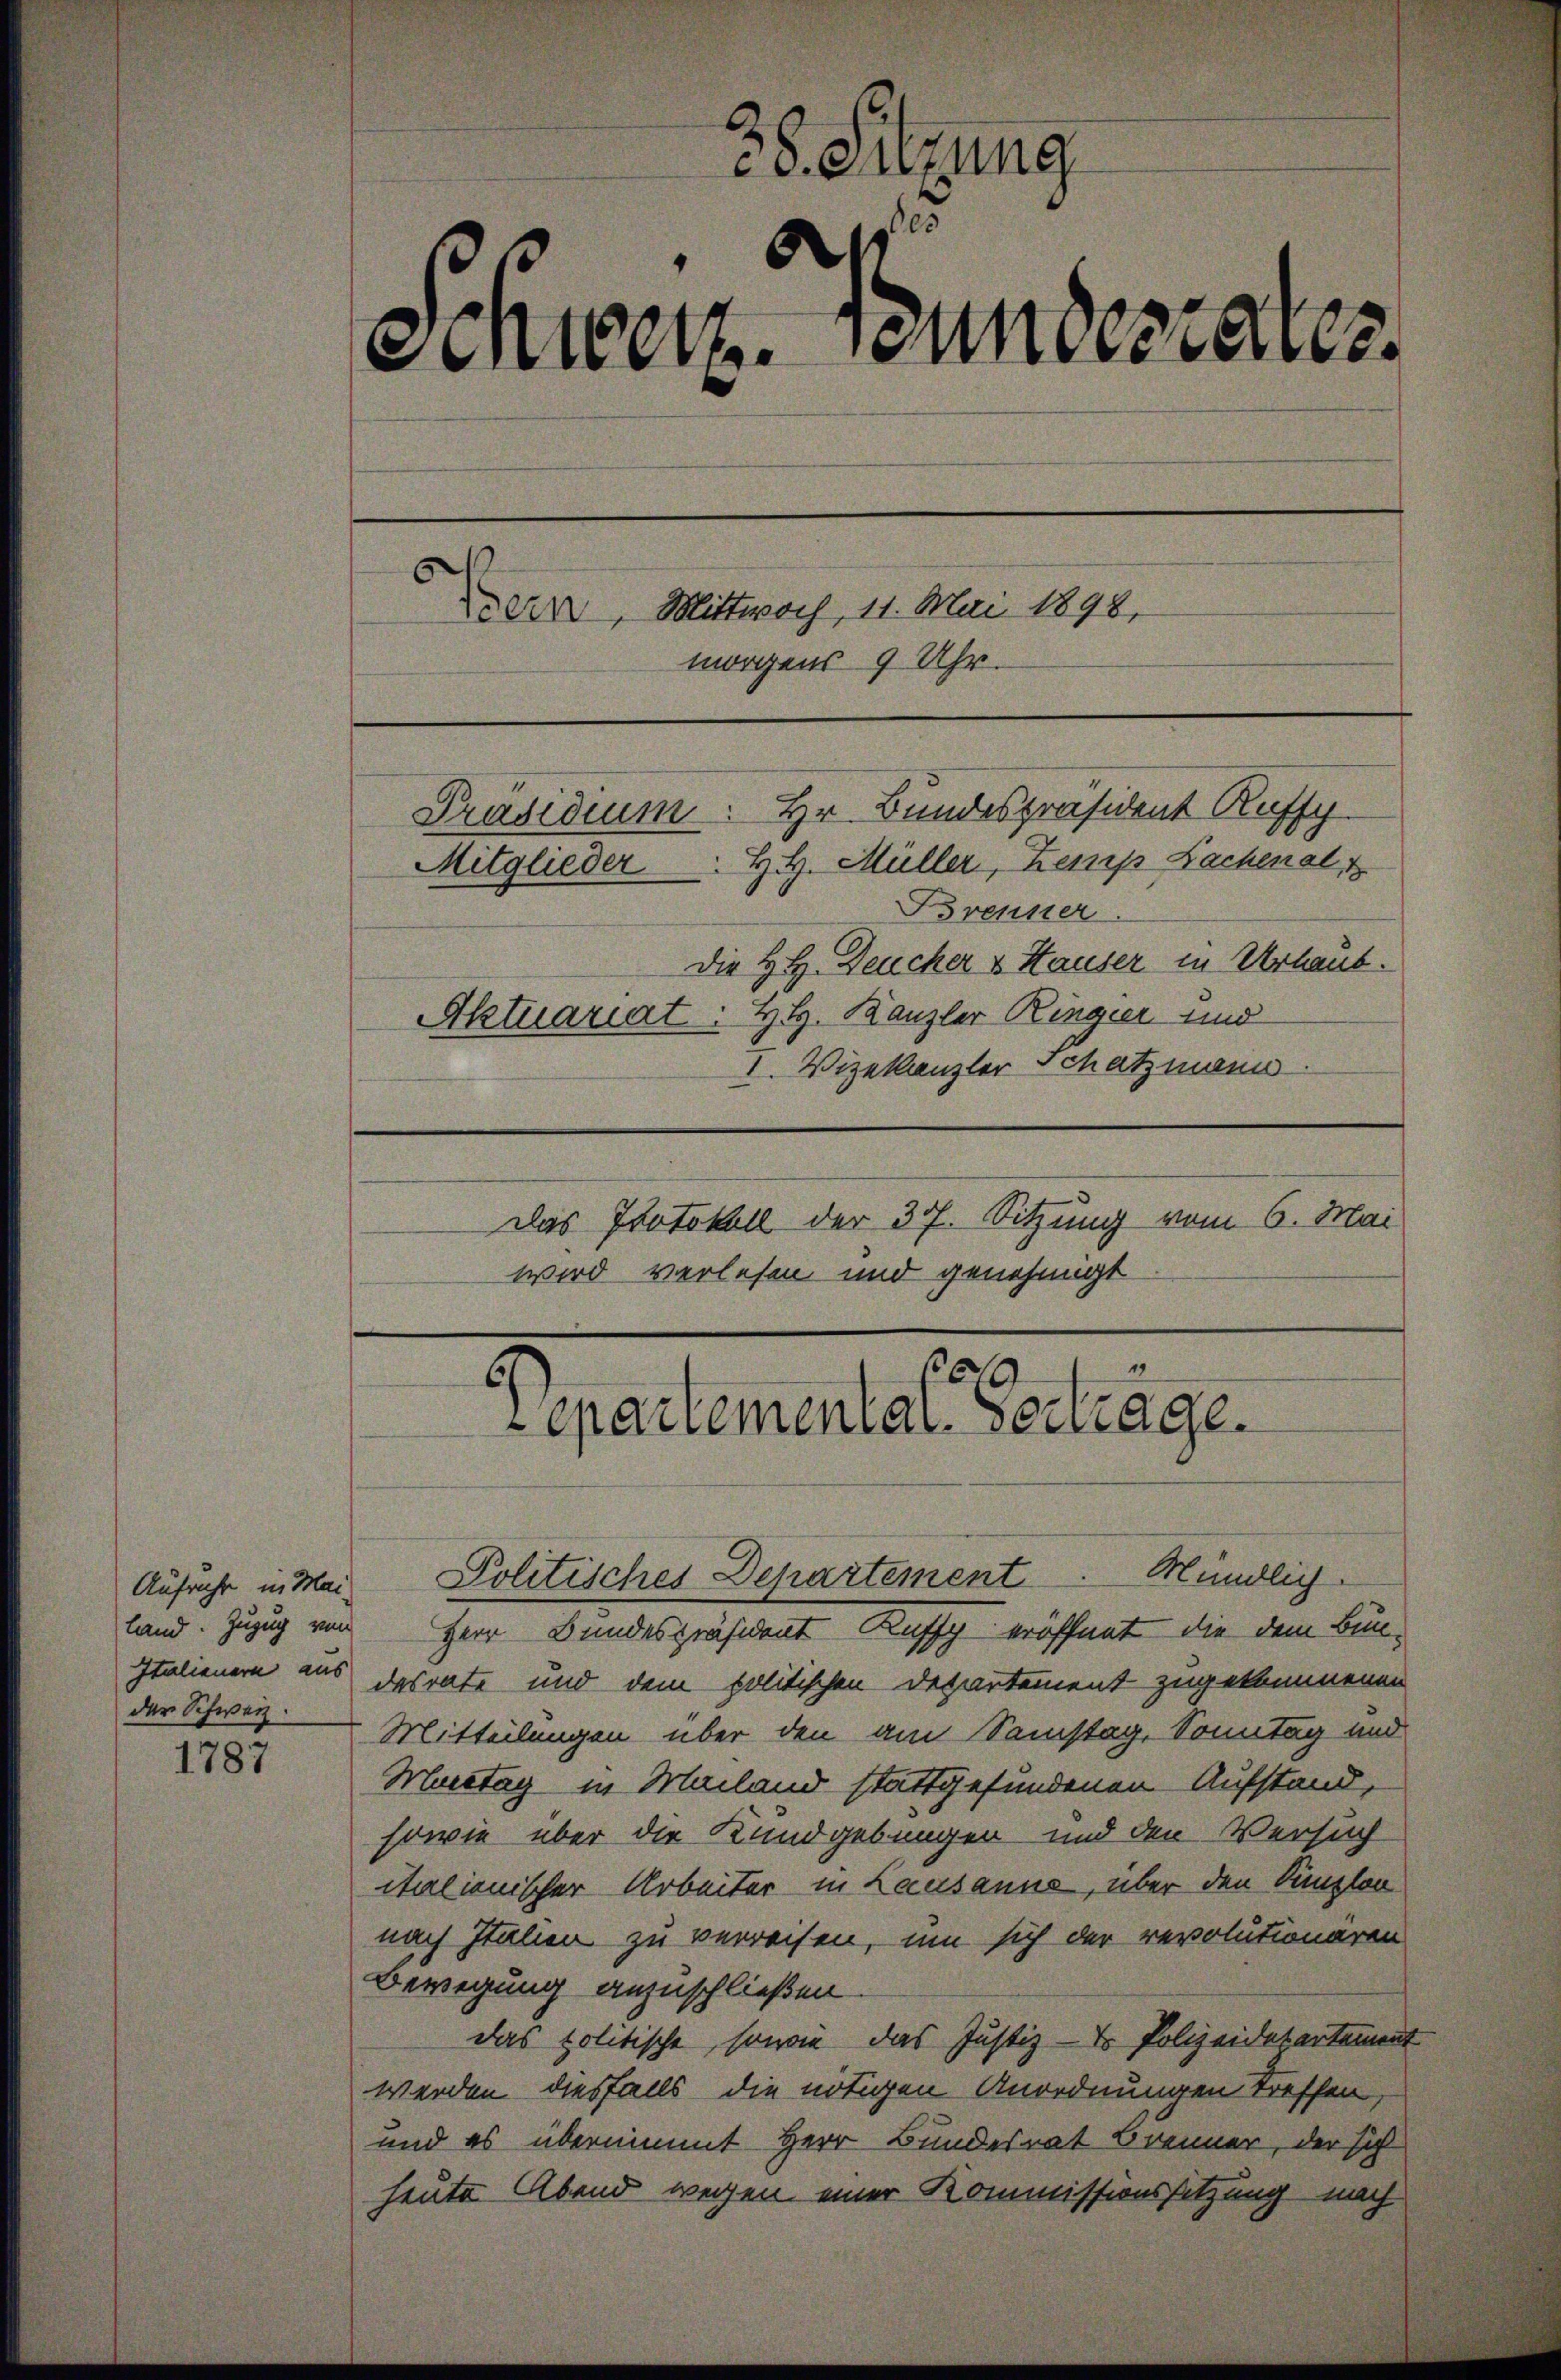
Aufruhr in Maider Schweiz.

1787

38. Sitzung
5
Einwerfundesrates

sern, Mittwoch, 11. Mai 1898,
morgens 9 Uhr.
Präsidium. Hr. Bundespräsident Ruff
H. H. Müller, Zemp Sachenalt
Mitglieder
Brenner
Die H. H. Deucker & Hauser in Urlaub.
Aktuariat: HH. Kanzler Ringer und
1. Vizekanzler Schatzmann.
Das Protokoll der 30. Sitzung vom 6. Mai
wird verlesen und genehmigt

29
epartemental-Verträge.

Politisches Departement Mündlich
land. Zuzug von Herr Bundespräsident Kuffy eröffnet, die dem Bun¬
Italienern aus desrate und dem politischen Departement zugekommenen
Mitteilungen über den am Samstag, Sonntag und
Murstag in Mailand stattgefundenen Aufstand,
sowie über die Kundgebungen und den Versuch
italienischer Arbeiter in Lausanns, über den Sinzlon
nach Italien zu verreisen, um sich der revolutionären
Bewegung anzuschließen.
das politische, sowie das Justiz- & Polizeidepartement
werden diesfalls die nötigen Anordnungen treffen,
und es übernimmt Herr Bundesrat Brenner, der sich
heute Abend wegen einer Kommissionssitzung nach